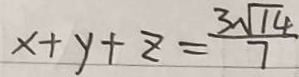
x + y + z = \frac { 3 \sqrt { 1 4 } } { 7 }